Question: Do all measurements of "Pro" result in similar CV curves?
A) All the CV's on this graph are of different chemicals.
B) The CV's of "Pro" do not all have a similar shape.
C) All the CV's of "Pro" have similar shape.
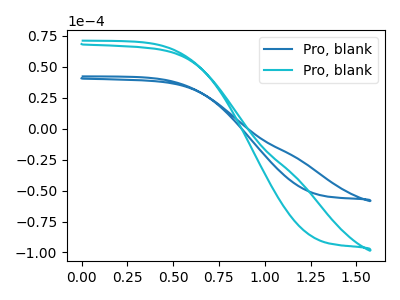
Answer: <think>The blue curve "Pro, blank1" has no peaks. The cyan curve "Pro, blank2" has no peaks.
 Neither "Pro, blank1" or "Pro, blank2" have any peaks.</think>
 <answer>C) All the CV's of "Pro" have similar shape.</answer>
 <eval>C</eval>